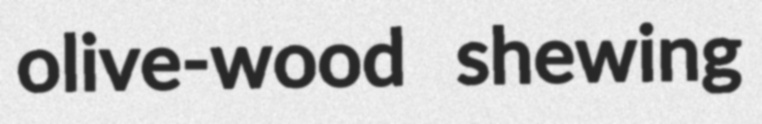
olive-wood shewing